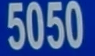
5050